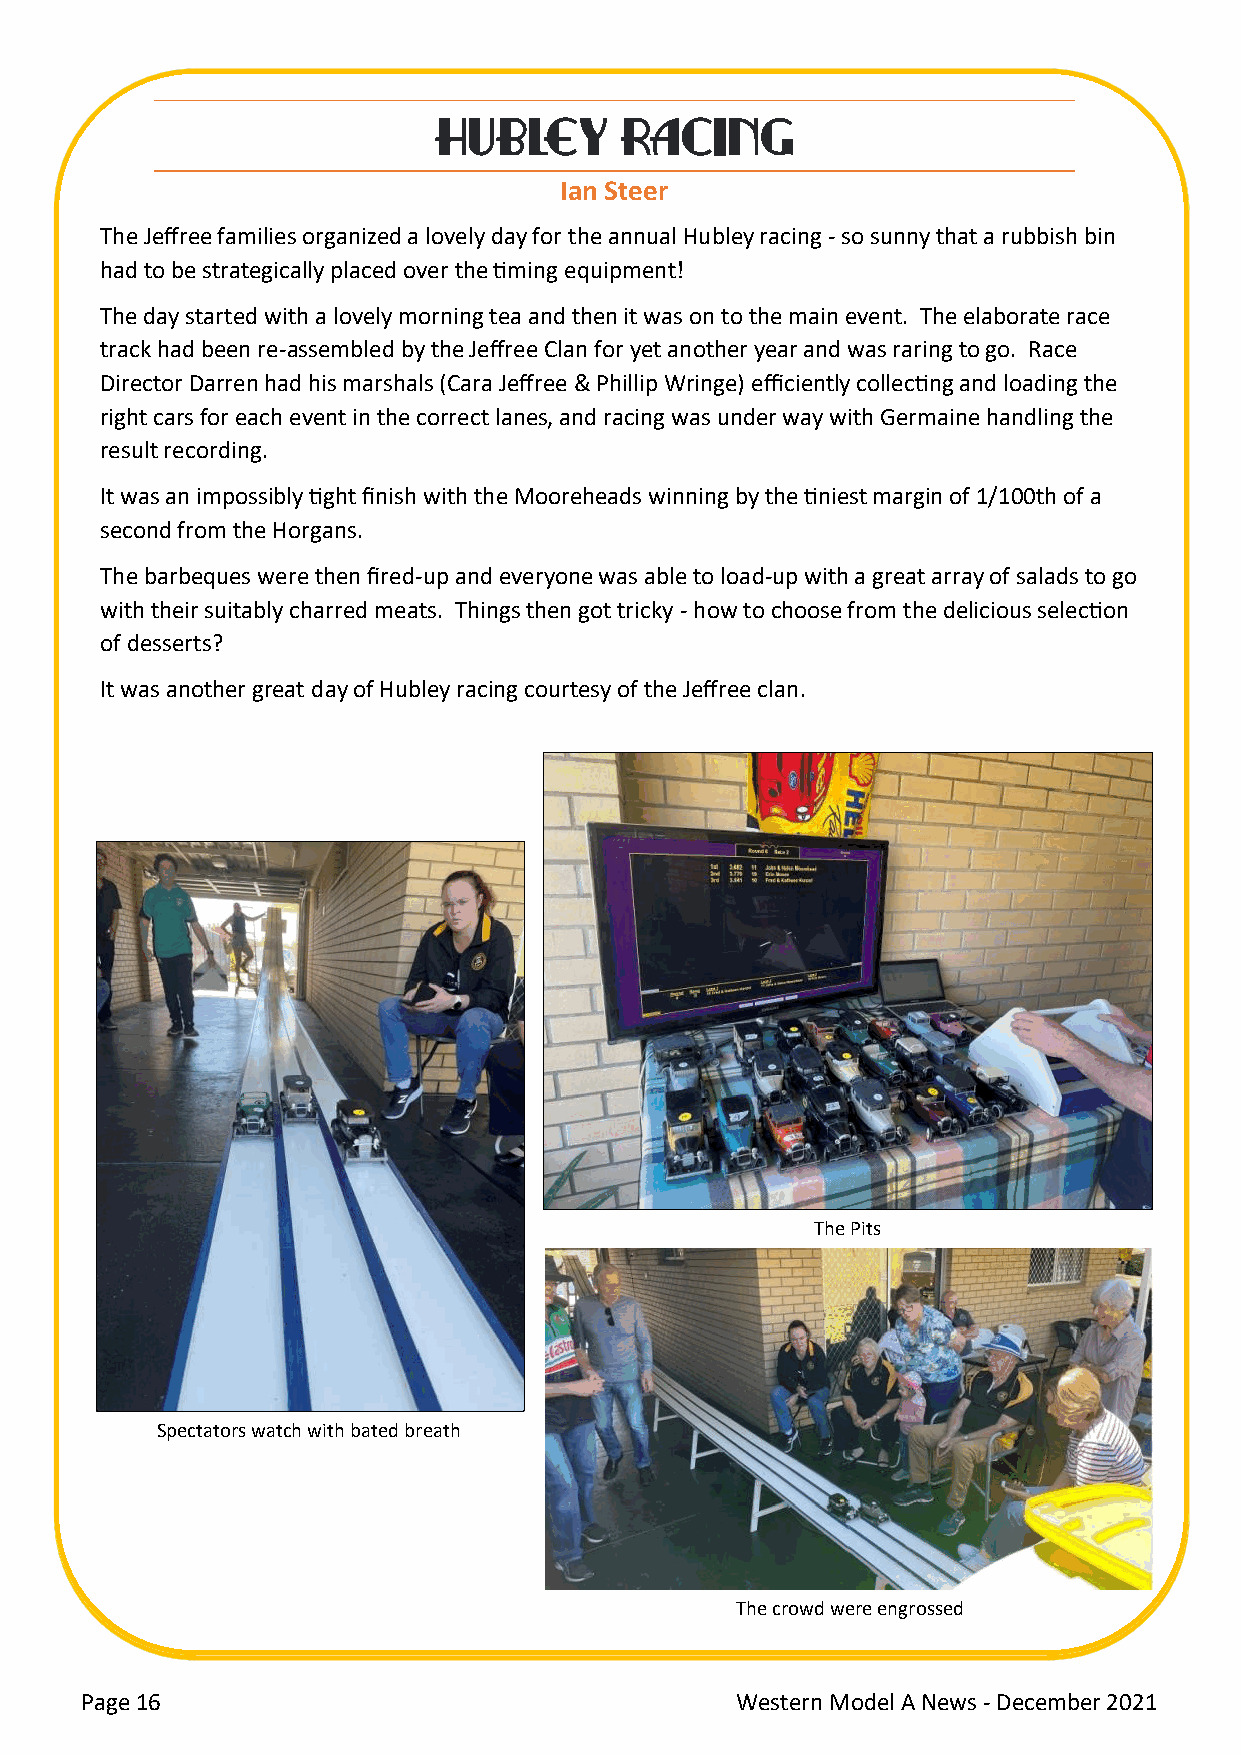
CHHURBISLETMY ARSA LCUINNGCH
 Ian St eer
 T he Jeffree families organized a lovely day for the annual Hubley racing - so sunny that a rubbish bin
 had to be strategically placed over the timing equipment!
 The day started with a lovely morning tea and then it was on to the main event. The elaborate race
 track had been re-assembled by the Jeffree Clan for yet another year and was raring to go. Race
 Director Darren had his marshals (Cara Jeffree & Phillip Wringe) efficiently collecting and loading the
 right cars for each event in the correct lanes, and racing was under way with Germaine handling the
 result recording.
 It was an impossibly tight finish with the Mooreheads winning by the tiniest margin of 1/100th of a
 second from the Horgans.
 The barbeques were then fired-up and everyone was able to load-up with a great array of salads to go
 with their suitably charred meats. Things then got tricky - how to choose from the delicious selection
 of desserts?
 It was another great day of Hubley racing courtesy of the Jeffree clan.
 The Pits
 Spectators watch with bated breath
 The crowd were engrossed
 Cont. over
 Page 16                                     Western Model A News - December 2021